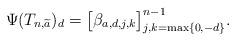
LaTeX: \begin{align*}\Psi(T_{n,\widetilde{a}})_d=\bigl[ \beta_{a,d,j,k} \bigr]_{j,k=\max\{0,-d\}}^{n-1}.\end{align*}